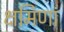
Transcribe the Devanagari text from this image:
क्षमिणां